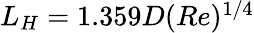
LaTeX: \begin{array}{r}{L_{H}=1.359D(Re)^{1/4}}\end{array}